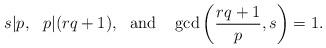
LaTeX: \begin{align*} s | p,\ \ p|(rq+1),\ \ {\rm and}\ \ \ \gcd\left(\frac{rq+1}{p},s\right)=1. \end{align*}